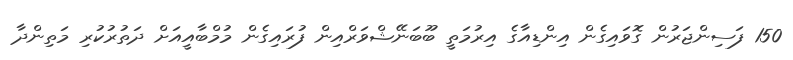
150 ފަސިންޖަރުން ގޮވައިގެން އިންޑިއާގެ އިރުމަތީ ބޫބަނޭޝްވަރްއިން ފުރައިގެން މުމްބާއީއަށް ދަތުރުކުރި މަތިންދާ